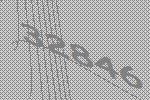
32846